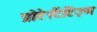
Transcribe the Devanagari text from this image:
प्रोटेस्टैंटिज़्म